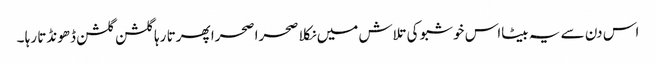
اس دن سے یہ بیٹااس خوشبو کی تلاش میں نکلا صحرا صحرا پھرتا رہا گلشن گلشن ڈھونڈتا رہا ۔